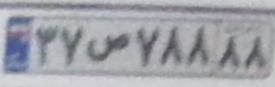
۳۷ص۷۸۸۸۸